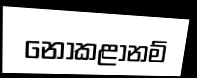
නොකළානම්